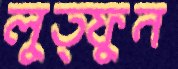
লুত্ফুন